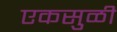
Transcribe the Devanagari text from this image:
एकसुळी